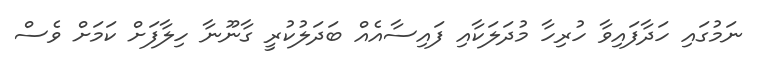
ނަމުގައި ހަދާފައިވާ ހުރިހާ މުދަލަކާއި ފައިސާއެއް ބަދަލުކުރީ ގާނޫނާ ހިލާފަށް ކަމަށް ވެސް